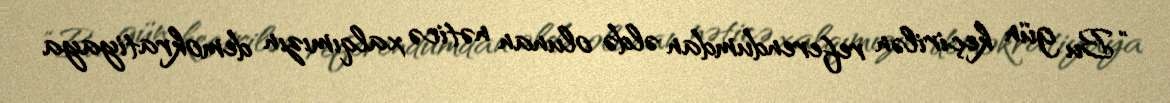
“Bu gün keçirilən referendumdan əldə olunan nəticə xalqımızın demokratiyaya